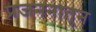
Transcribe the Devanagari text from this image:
प्रजननातून